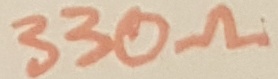
Text: 330Ω